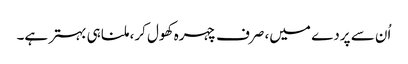
اُن سے پردے میں، صرف چہرہ کھول کر، ملنا ہی بہتر ہے۔